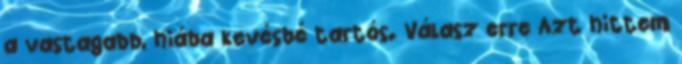
a vastagabb, hiába kevésbé tartós. Válasz erre Azt hittem